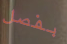
بفصل